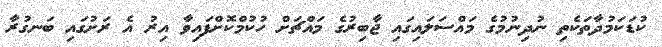
ކުޑަކަމުދާތަކެތި ނުދިނުމުގެ މައްސަލައިގައި ޖާބިރުގެ މައްޗަށް ހުކުމްކޮށްފައިވާ އިރު އެ ރަށުގައި ބަނގުރާ